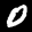
Label: 0